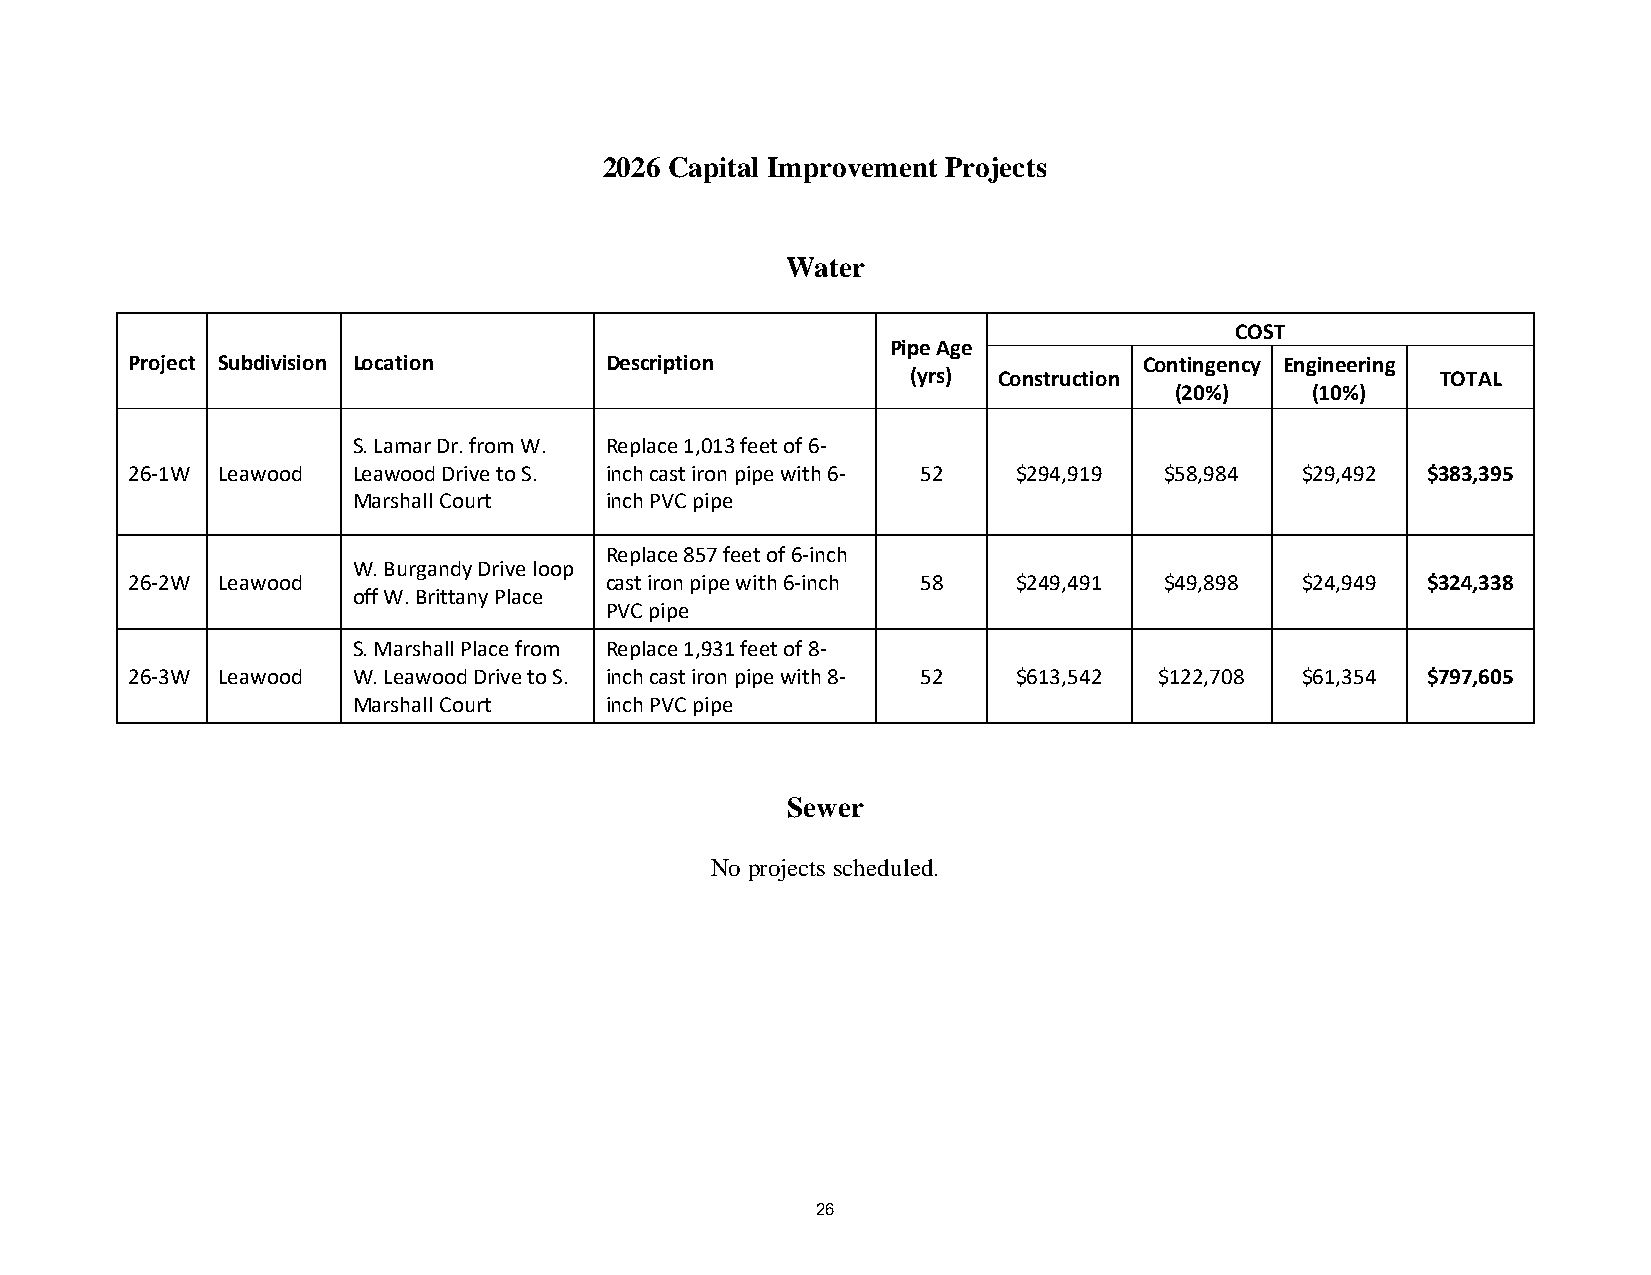
2026 Capital Improvement Projects
 Water
 COST
 Pipe Age
 Project Subdivision Location    Description                         Contingency Engineering
 (yrs) Construction                 TOTAL
 (20%)    (10%)
 S. Lamar Dr. from W. Replace 1,013 feet of 6-
 26-1W Leawood  Leawood Drive to S. inch cast iron pipe with 6- 52 $294,919 $58,984 $29,492 $383,395
 Marshall Court   inch PVC pipe
 Replace 857 feet of 6-inch
 W. Burgandy Drive loop
 26-2W Leawood                   cast iron pipe with 6-inch 58 $249,491 $49,898 $24,949 $324,338
 off W. Brittany Place
 PVC pipe
 S. Marshall Place from Replace 1,931 feet of 8-
 26-3W Leawood  W. Leawood Drive to S. inch cast iron pipe with 8- 52 $613,542 $122,708 $61,354 $797,605
 Marshall Court   inch PVC pipe
 Sewer
 No projects scheduled.
 26